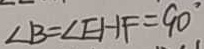
\angle B = \angle E H F = 9 0 ^ { \circ }